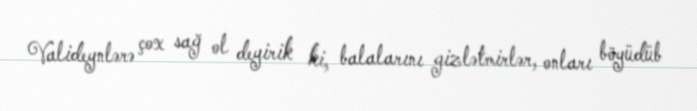
Valideynlərə çox sağ ol deyirik ki, balalarını gizlətmirlər, onları böyüdüb